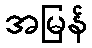
အမြန်